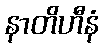
နာတိဟီနံ